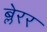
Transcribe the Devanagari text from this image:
ब्लेरर